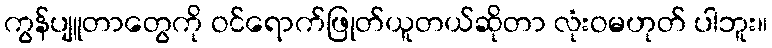
ကွန်ပျူတာတွေကို ဝင်ရောက်ဖြုတ်ယူတယ်ဆိုတာ လုံးဝမဟုတ် ပါဘူး။